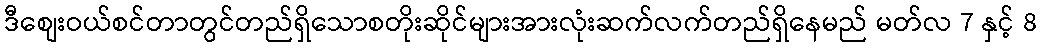
ဒီစျေးဝယ်စင်တာတွင်တည်ရှိသောစတိုးဆိုင်များအားလုံးဆက်လက်တည်ရှိနေမည် မတ်လ 7 နှင့် 8